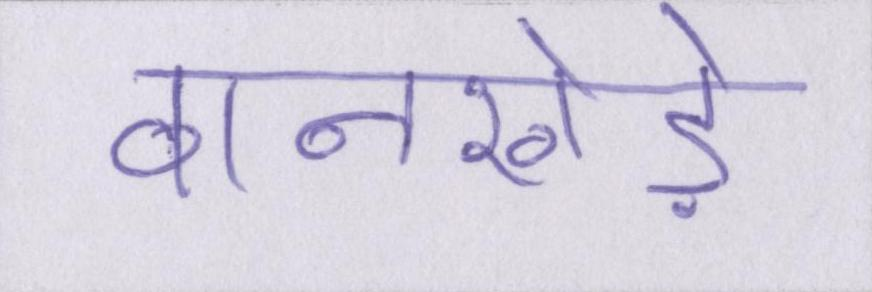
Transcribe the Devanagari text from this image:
वानखेड़े